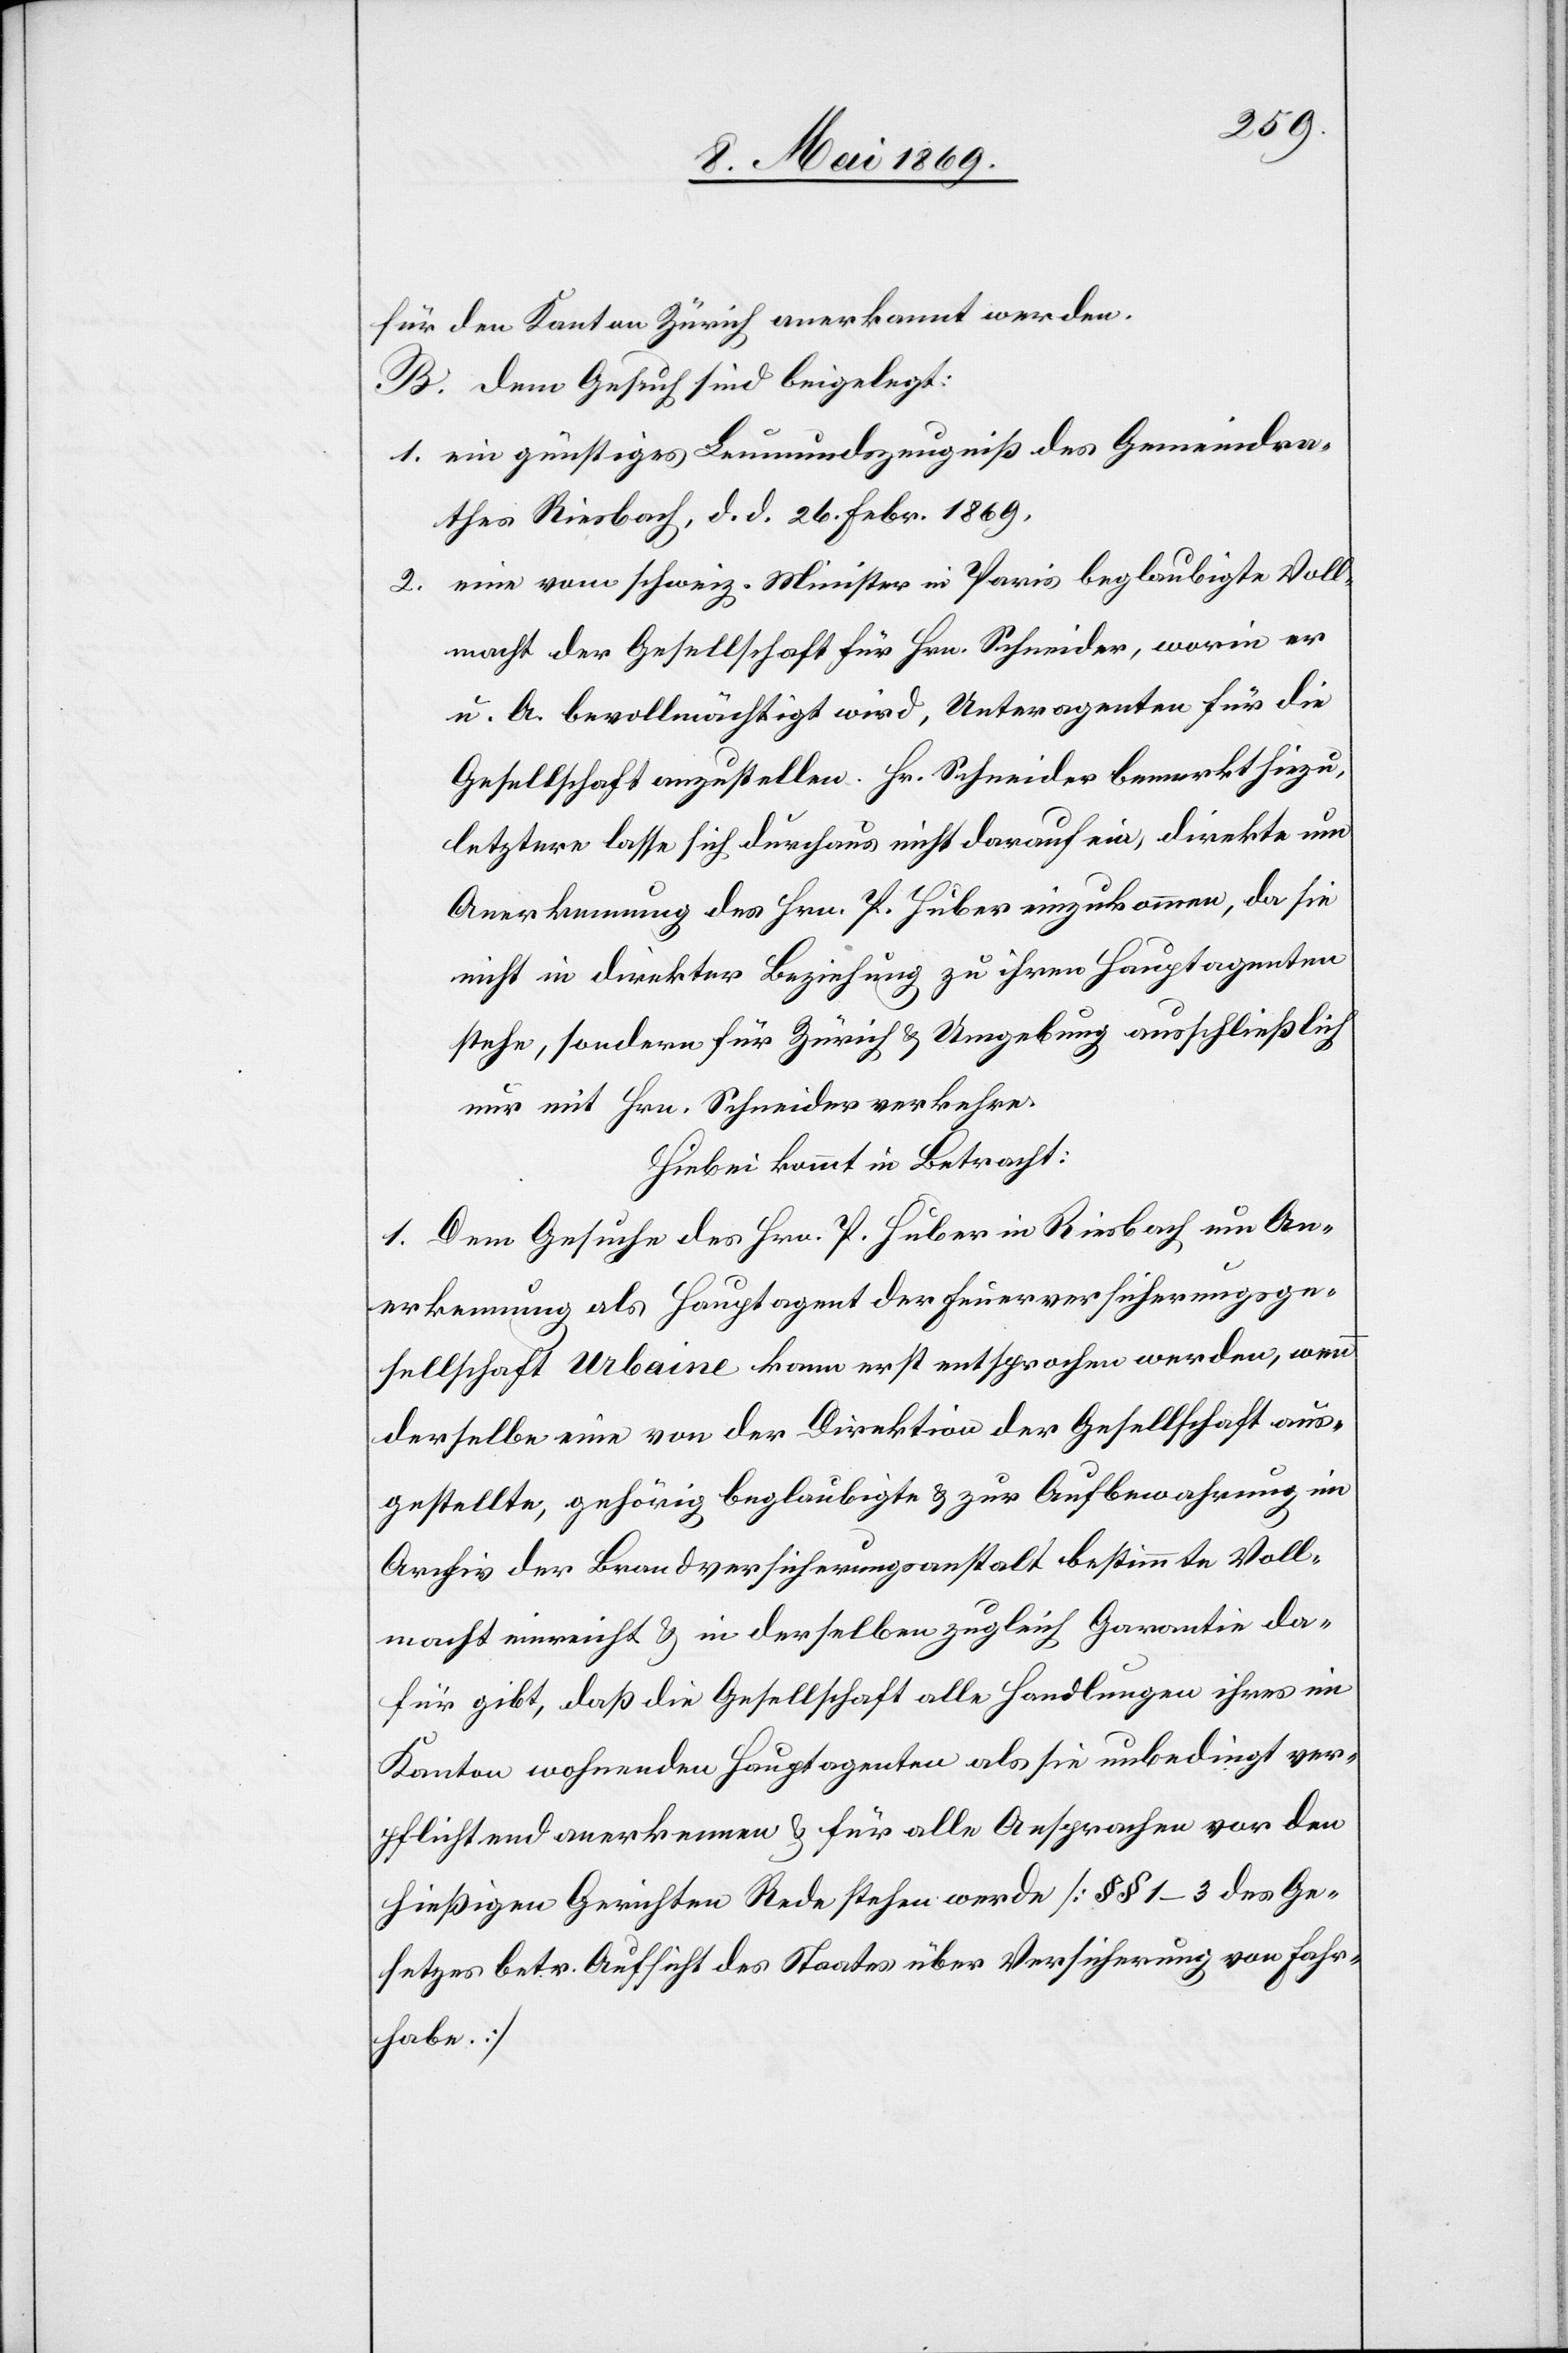
für den Kanton Zürich anerkannt werden.
B. Dem Gesuch sind beigelegt:
1. ein günstiges Leumundszeugniß des Gemeindra¬
thes Riesbach, d. d. 26. Febr. 1869.
2. eine vom schweiz. Minister in Paris beglaubigte Voll¬
macht der Gesellschaft für Hrn. Schneider, worin er
u. A. bevollmächtigt wird, Unteragenten für die
Gesellschaft anzustellen. Hr. Schneider bemerkt hiezu,
letztere lasse sich durchaus nicht darauf ein, direkte um
Anerkennung des Hrn. P. Huber einzukommen, da sie
nicht in direkter Beziehung zu ihren Hauptagenten
stehe, sondern für Zürich u. Umgebung ausschließlich
nur mit Hrn. Schneider verkehre.
Hiebei kommt in Betracht:
1. Dem Gesuche des Hrn. P. Huber in Riesbach um An¬
erkennung als Hauptagent der Feuerversicherungsge¬
sellschaft Urbaine kann erst entsprochen werden, wenn
derselbe eine von der Direktion der Gesellschaft aus¬
gestellte, gehörig beglaubigte u. zur Aufbewahrung im
Archiv der Brandversicherungsanstalt bestimmte Voll¬
macht einreicht u. in derselben zugleich Garantie da¬
für gibt, daß die Gesellschaft alle Handlungen ihres im
Kanton wohnenden Hauptagenten als [für] sie unbedingt ver¬
pflichtend anerkennen u. für alle Ansprachen vor den
hießigen Gerichten Rede stehen werde [§§ 1–3 des Ge¬
setzes betr. Aufsicht des Staates über Versicherung von Fahr¬
habe]